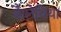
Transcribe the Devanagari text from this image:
कैलेथिया